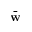
\bar { \bf w }